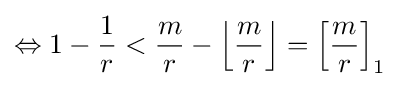
\Leftrightarrow 1-{\frac {1}{r}}<{\frac {m}{r}}-\left\lfloor {\frac {m}{r}}\right\rfloor =\left[{\frac {m}{r}}\right]_{1}